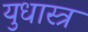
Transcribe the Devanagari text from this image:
युधास्त्र